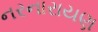
નરનારાયણ